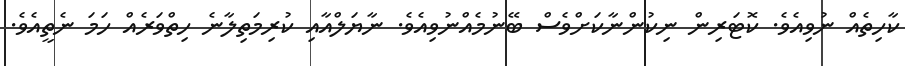
ކާހިތެއް ނުވިއެވެ. ކޮޓަރިން ނިކުންނާކަށްވެސް ބޭނުމެއްނުވިއެވެ. ނާޔަލްއާއި ކުރިމަތިލާނެ ހިތްވަރެއް ހަމަ ނެތީއެވެ.